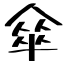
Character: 傘